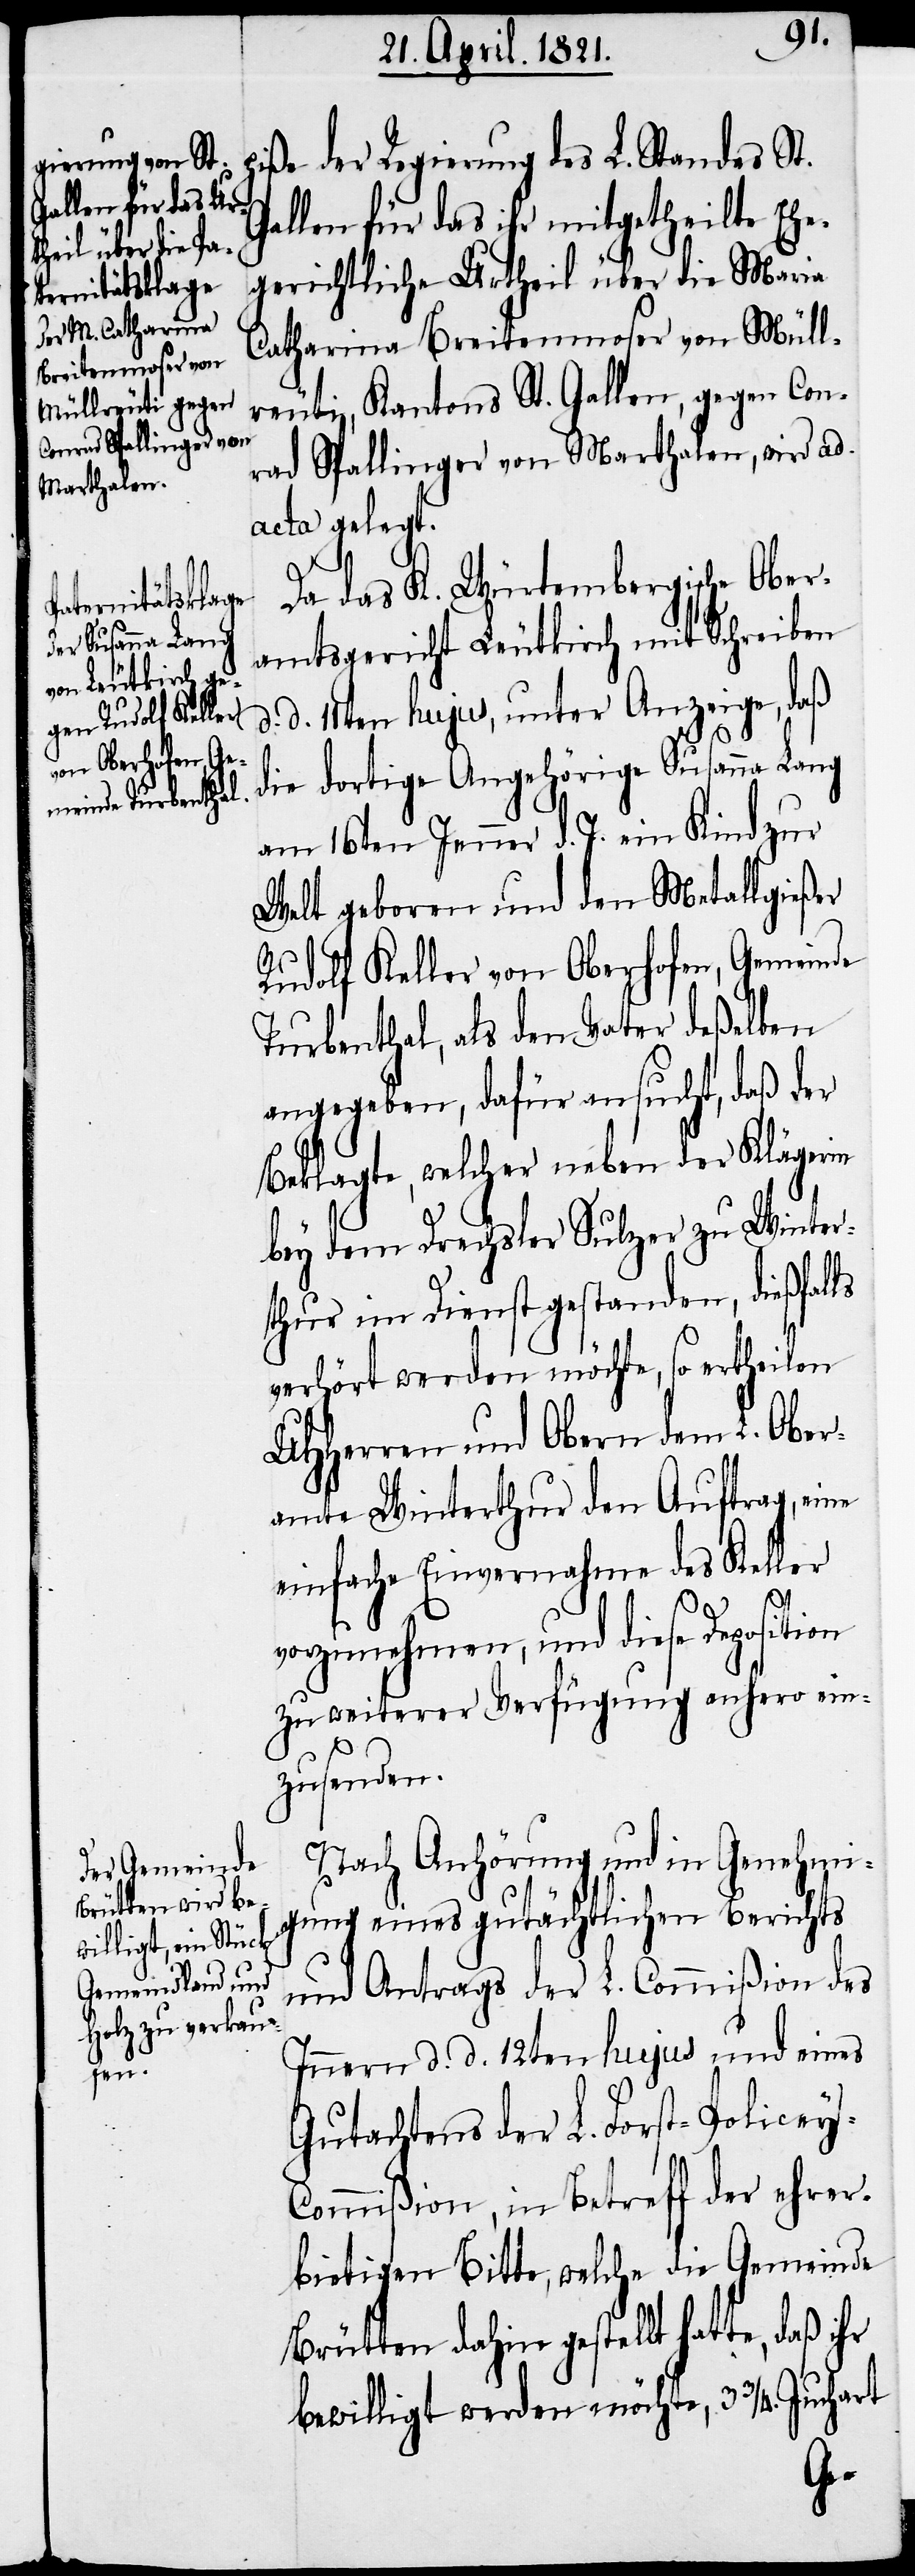
piße der Regierung des L. Standes St.
Gallen für das ihr mitgetheilte Ehe¬
gerichtliche Urtheil über die Maria
Catharina Breitenmoser von Müll¬
reuti, Kantons St. Gallen, gegen Con¬
rad Spalinger von Marthalen, wird ad
acta gelegt.
Da das K. Würtembergische Ober¬
amtsgericht Leutkirch mit Schreiben
d. d. 11ten hujus, unter Anzeige, daß
die dortige Angehörige Susanna Lang
am 16ten Jenner d. J. ein Kind zur
Welt geboren und den Metallgießer
Rudolf Keller von Oberhofen, Gemeinde
Turbenthal, als den Vater deßelben
angegeben, dafür ersucht, daß der
Beklagte, welcher neben der Klägerin
bey dem Drechsler Sulzer zu Winter¬
thur im Dienst gestanden, dießfalls
verhört werden möchte, so ertheilen
UHHerren und Obern dem L. Ober¬
amte Winterthur den Auftrag, eine
einfache Einvernahme des Keller
vorzunehmen, und diese Deposition
zu weiterer Verfügung anhero ein¬
zusenden.
Nach Anhörung und in Genehmi¬
gung eines gutächtlichen Berichts
und Antrags der L. Commißion des
Innern d. d. 12ten hujus und eines
Gutachtens der L. Forst-Policey-C¬
ommißion, in Betreff der ehrer¬
bietigen Bitte, welche die Gemeinde
Brütten dahin gestellt hatte, daß
bewilligt werden möchte, 3 3/4. Juchart